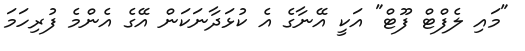
"މައި ލެފްޓް ފޫޓް" އަކީ އޭނާގެ އެ ކުޅަދާނަކަން އޭގެ އެންމެ ފުރިހަމަ